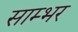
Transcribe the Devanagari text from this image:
साम्‍भर